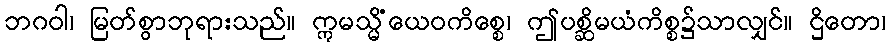
ဘဂဝါ၊ မြတ်စွာဘုရားသည်။ ဣမသ္မိံယေဝကိစ္စေ၊ ဤပစ္ဆိမယံကိစ္စ၌သာလျှင်။ ဌိတော၊